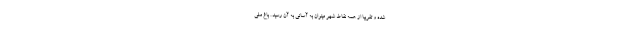
شده و تقریبا از همه نقاط شهر میتوان به آسانی به آن رسید . باغ ملی